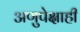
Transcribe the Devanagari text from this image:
अणुपेक्षाही